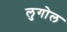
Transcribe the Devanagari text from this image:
लुगोल